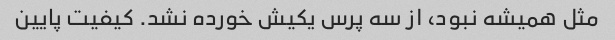
مثل همیشه نبود، از سه پرس یکیش خورده نشد. کیفیت پایین